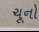
ચૂનો